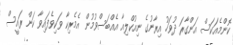
ކޮންމެއަކަސް އަންގާރަ ދުވަހު އިރާނުގެ ނިއުކްލިއާ އެއްބަސްވުމުން އެމެރިކާ ވަކިވެފައިވާ ކަން ރައީސް